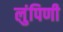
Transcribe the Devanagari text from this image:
लुंपिणी